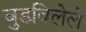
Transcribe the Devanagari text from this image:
बुडविलेले